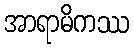
အာရာမိကဿ